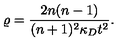
\varrho = \frac { 2 n ( n - 1 ) } { ( n + 1 ) ^ { 2 } \kappa _ { D } t ^ { 2 } } .